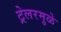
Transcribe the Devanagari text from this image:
ट्रेलरमुळे